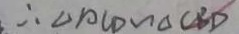
\therefore \Delta A C D \sim \Delta C B D